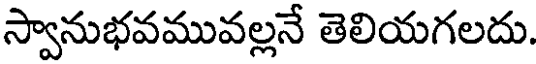
స్వానుభవమువల్లనే తెలియగలదు.